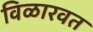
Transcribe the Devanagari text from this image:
विळारवत